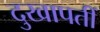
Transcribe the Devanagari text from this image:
दुखापतीं